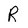
Character: R